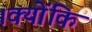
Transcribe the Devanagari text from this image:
।क्योंकि